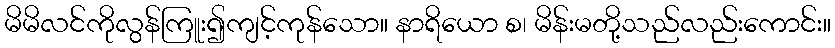
မိမိလင်ကိုလွန်ကြူး၍ကျင့်ကုန်သော။ နာရိယော စ၊ မိန်းမတို့သည်လည်းကောင်း။